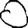
Digit: 0